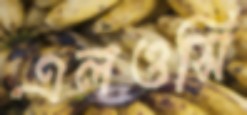
এলওসি